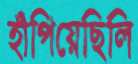
হাঁপিয়েছিলি